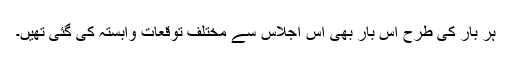
ہر بار کی طرح اس بار بھی اس اجلاس سے مختلف توقعات وابستہ کی گئی تھیں۔